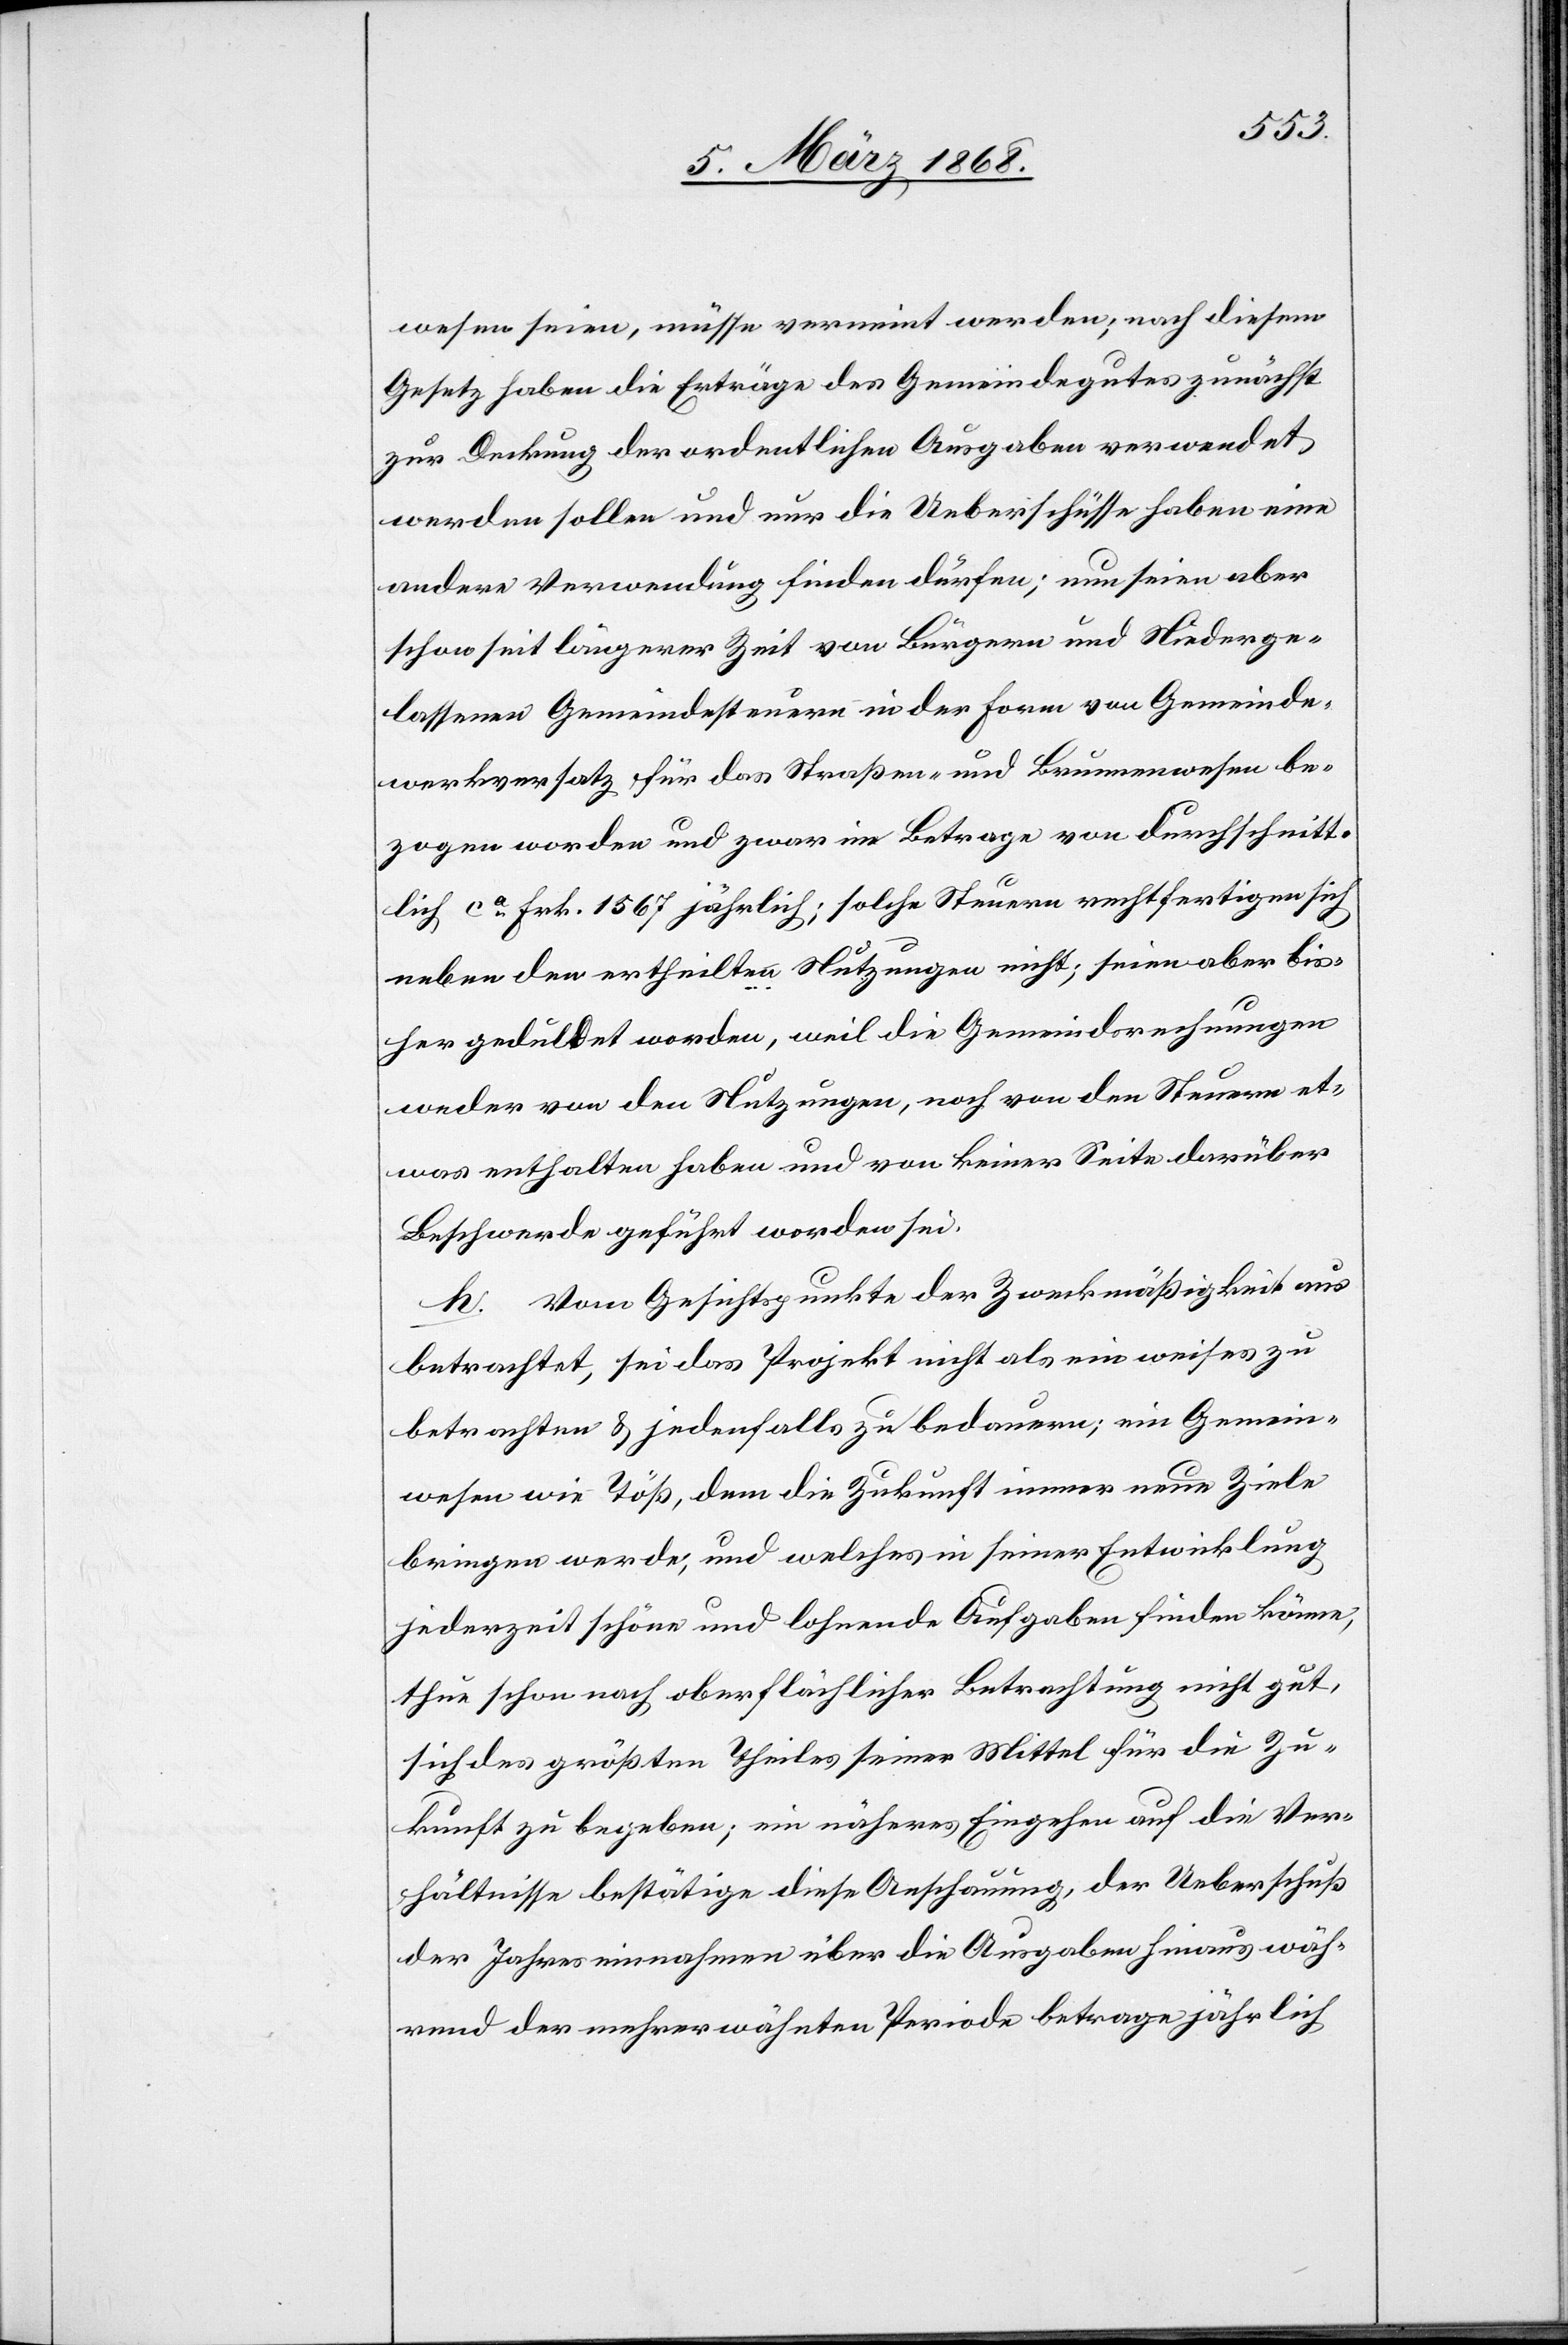
wesen seien, müsse verneint werden; nach diesem
Gesetz haben die Erträge des Gemeindegutes zunächst
zur Deckung der ordentlichen Ausgaben verwendet
werden sollen und nur die Ueberschüsse haben eine
andere Verwendung finden dürfen; nun seien aber
schon seit längerer Zeit von Bürgern und Niederge¬
lassenen Gemeindesteuern in der Form von Gemeinde¬
werkversatz für das Straßen- und Brunnenwesen be¬
zogen worden und zwar im Betrage von durchschnitt¬
lich ca. Frk. 1567 jährlich; solche Steuern rechtfertigen sich
neben den ertheilten Nutzungen nicht; seien aber bis¬
her geduldet worden, weil die Gemeindsrechnungen
weder von den Nutzungen, noch von den Steuern et¬
was enthalten haben und von keiner Seite darüber
Beschwerde geführt worden sei.
h. Vom Gesichtspunkte der Zweckmäßigkeit aus
betrachtet, sei das Projekt nicht als ein weises zu
betrachten & jedenfalls zu bedauern; ein Gemein¬
wesen wie Töß, dem die Zukunft immer neue Ziele
bringen werde, und welches in seiner Entwicklung
jederzeit schöne und lohnende Aufgaben finden könne,
thue schon nach oberflächlicher Betrachtung nicht gut,
sich des größten Theiles seiner Mittel für die Zu¬
kunft zu begeben; ein näheres Eingehen auf die Ver¬
hältnisse bestätige diese Anschauung, der Ueberschuß
der Jahreseinnahmen über die Ausgaben hinaus wäh¬
rend der mehrerwähnten Periode betrage jährlich